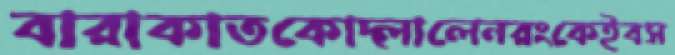
বারাকাতকোদ্‌লালেনরংকেইবস